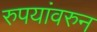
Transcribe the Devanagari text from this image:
रुपयांवरुन